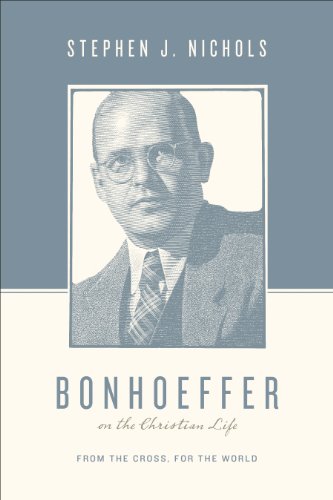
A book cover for Bonhoeffer on the Christian Life: From the Cross, for the World (Theologians on the Christian Life); Stephen J. Nichols; Christian Books & Bibles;